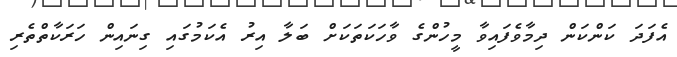
އެފަދަ ކަންކަން ދިމާވެފައިވާ މީހުންގެ ވާހަކަތަކަށް ބަލާ އިރު އެކަމުގައި ގިނައިން ހަރަކާތްތެރި